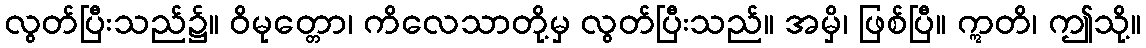
လွတ်ပြီးသည်၌။ ဝိမုတ္တော၊ ကိလေသာတို့မှ လွတ်ပြီးသည်။ အမှိ၊ ဖြစ်ပြီ။ ဣတိ၊ ဤသို့။